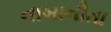
નાબાનીતા